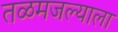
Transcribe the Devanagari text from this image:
तळमजल्याला